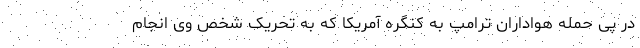
در پی حمله هواداران ترامپ به کنگره آمریکا که به تحریک شخص وی انجام